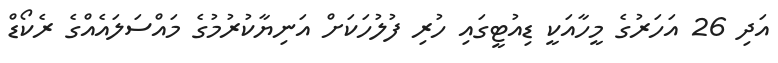
އަދި 26 އަހަރުގެ މީހާއަކީ ޑިއުޓީގައި ހުރި ފުލުހަކަށް އަނިޔާކުރުމުގެ މައްސަލައެއްގެ ރެކޯޑް